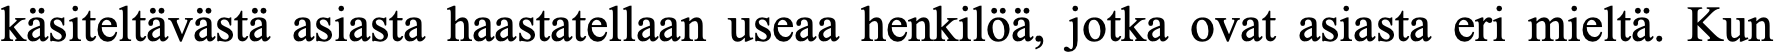
käsiteltävästä asiasta haastatellaan useaa henkilöä, jotka ovat asiasta eri mieltä. Kun